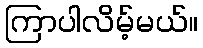
ကြာပါလိမ့်မယ်။